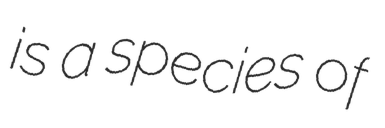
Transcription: is a species of